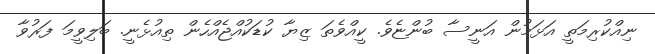
ނިއްކުރިމަތީ އަޅަމުން އަނީސާ ބުންޏެވެ. ކީއްވެތަ ޒިޔާ ކުޑަކުއްޖެއްހެން ތިއުޅެނީ. ބަލިވީމަ ފަރުވާ